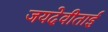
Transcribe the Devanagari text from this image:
जयदेवीताई